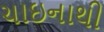
ચાઇનાથી